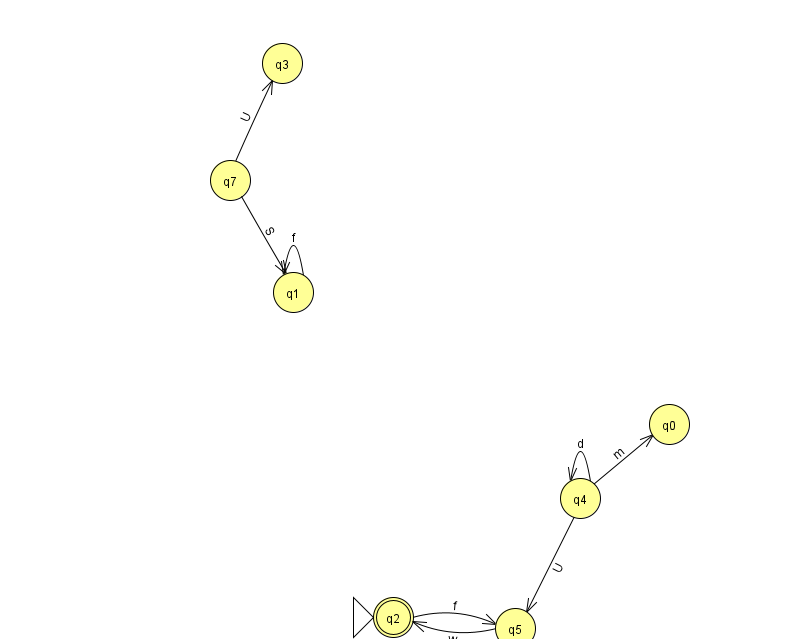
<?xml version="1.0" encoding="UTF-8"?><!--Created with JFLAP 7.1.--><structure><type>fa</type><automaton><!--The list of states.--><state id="0" name="q0"><x>669.0</x><y>411.0</y></state><state id="1" name="q1"><x>293.0</x><y>279.0</y></state><state id="2" name="q2"><x>393.0</x><y>604.0</y><initial/><final/></state><state id="3" name="q3"><x>282.0</x><y>50.0</y></state><state id="4" name="q4"><x>580.0</x><y>485.0</y></state><state id="5" name="q5"><x>515.0</x><y>615.0</y></state><state id="6" name="q6"><x>965.0</x><y>223.0</y></state><state id="7" name="q7"><x>230.0</x><y>167.0</y></state><!--The list of transitions.--><transition><from>7</from><to>1</to><read>S</read></transition><transition><from>7</from><to>3</to><read>U</read></transition><transition><from>4</from><to>4</to><read>d</read></transition><transition><from>5</from><to>2</to><read>w</read></transition><transition><from>2</from><to>5</to><read>f</read></transition><transition><from>1</from><to>1</to><read>f</read></transition><transition><from>4</from><to>5</to><read>U</read></transition><transition><from>6</from><to>6</to><read>K</read></transition><transition><from>4</from><to>0</to><read>m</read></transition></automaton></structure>